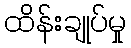
ထိန်းချုပ်မှု